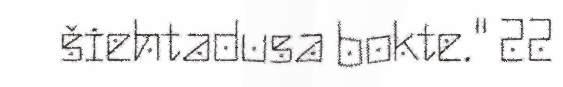
šiehtadusa bokte." 22